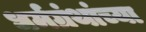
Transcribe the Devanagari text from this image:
धर्मग्रंथांच्या